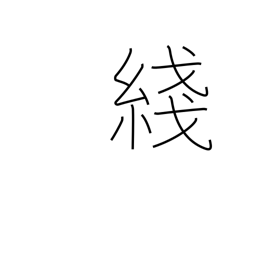
Meaning: thread